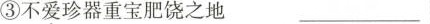
③不爱珍器重宝肥饶之地 ___